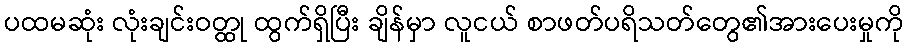
ပထမဆုံး လုံးချင်းဝတ္ထု ထွက်ရှိပြီး ချိန်မှာ လူငယ် စာဖတ်ပရိသတ်တွေ၏အားပေးမှုကို